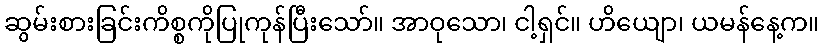
ဆွမ်းစားခြင်းကိစ္စကိုပြုကုန်ပြီးသော်။ အာဝုသော၊ ငါ့ရှင်။ ဟိယျော၊ ယမန်နေ့က။